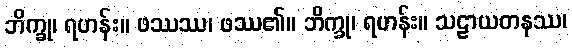
ဘိက္ခု၊ ရဟန်း။ ဖဿဿ၊ ဖဿ၏။ ဘိက္ခု၊ ရဟန်း။ သဠာယတနဿ၊